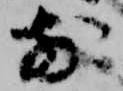
前